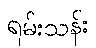
ရမ်းသန်း